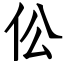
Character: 伀